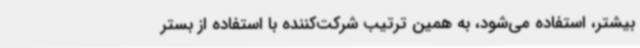
بیشتر، استفاده می‌شود، به همین ترتیب شرکت‌کننده با استفاده از بستر